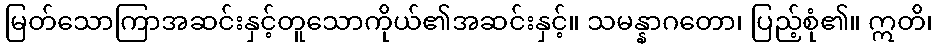
မြတ်သောကြာအဆင်းနှင့်တူသောကိုယ်၏အဆင်းနှင့်။ သမန္နာဂတော၊ ပြည့်စုံ၏။ ဣတိ၊